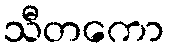
သီတကော